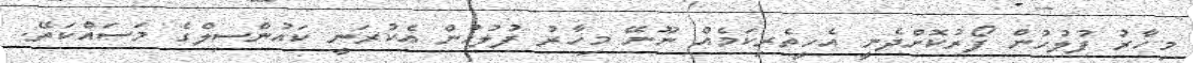
މިހާރު ފުލުހުން ފޯރުކޮށްދެނީ އެހީތެރިކަމެއް ނޫނޭ މިހާރު ފުލުހުން އެކުރަަނީ ކައުންސިލްގެ މަސައްކަތޭ.